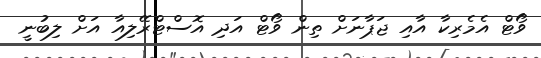
ވޯޓް އެމެރިކާ އާއި ޖަޕާނަށް ތިން ވޯޓް އަދި އޮސްޓްރޭލިއާ އަށް ލިބުނީ